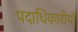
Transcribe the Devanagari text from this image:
पदाधिकारीयों